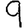
Digit: 9